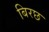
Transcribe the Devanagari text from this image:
बिरछ